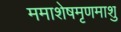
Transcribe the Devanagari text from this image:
ममाशेषमृणमाशु